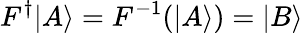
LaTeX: F^{\dagger}|A\rangle=F^{-1}(|A\rangle)=|B\rangle